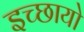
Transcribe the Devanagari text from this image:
इच्छायो